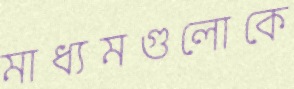
মাধ্যমগুলোকে